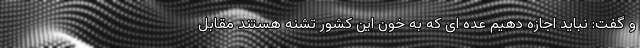
و گفت: نباید اجازه دهیم عده ای که به خون این کشور تشنه هستند مقابل